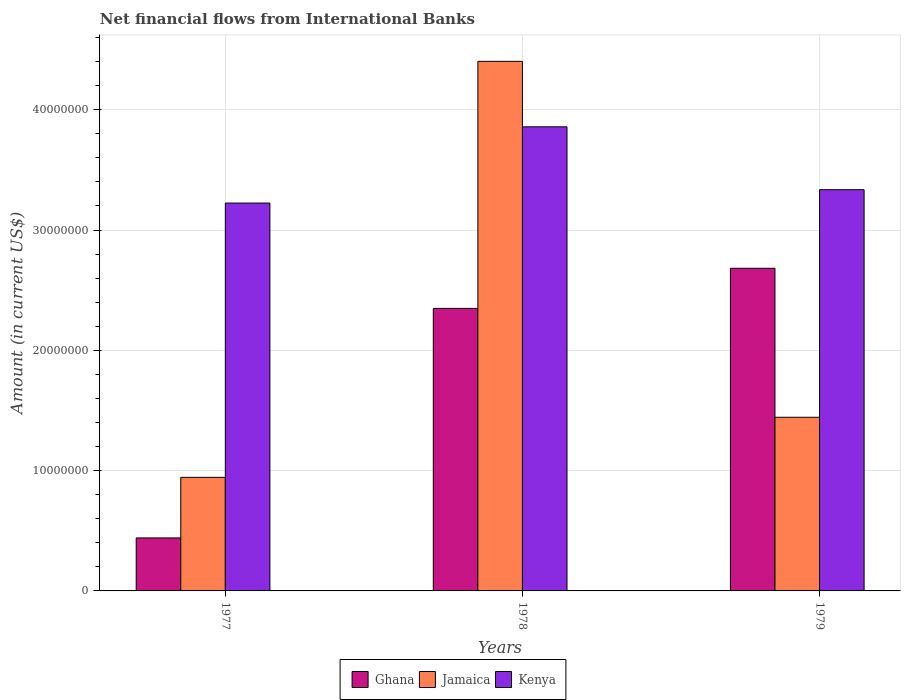
| Years | Ghana | Jamaica | Kenya |
 | --- | --- | --- | --- |
 | 1977 | 4.41e+06 | 9.44e+06 | 3.22e+07 |
 | 1978 | 2.35e+07 | 4.4e+07 | 3.86e+07 |
 | 1979 | 2.68e+07 | 1.44e+07 | 3.34e+07 |